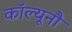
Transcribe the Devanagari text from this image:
कॉल्यूनौ